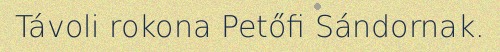
Távoli rokona Petőfi Sándornak.